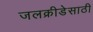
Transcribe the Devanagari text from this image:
जलक्रीडेसाठी